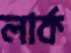
লার্ক